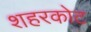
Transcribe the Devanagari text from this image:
शहरकोट